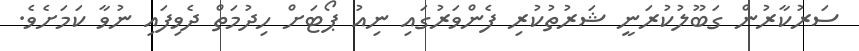
ސަރުކާރުން ގަބޫލުކުރަނީ ޝަރުތުކުރި ފެންވަރުގައި ނިއު ޕޯޓަށް ހިދުމަތް ދެވިފައި ނުވާ ކަމަށެވެ.